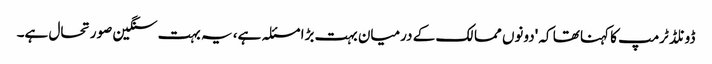
ڈونلڈ ٹرمپ کا کہنا تھا کہ 'دونوں ممالک کے درمیان بہت بڑا مسئلہ ہے، یہ بہت سنگین صورتحال ہے۔